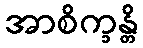
အာစိက္ခန္တိ